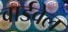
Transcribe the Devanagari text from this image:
वार्डवेल